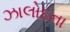
ઝાલોદના